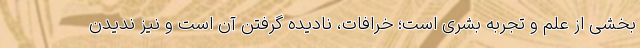
بخشی از علم و تجربه بشری است؛ خرافات، نادیده گرفتن آن است و نیز ندیدن